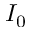
I _ { 0 }